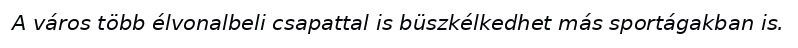
A város több élvonalbeli csapattal is büszkélkedhet más sportágakban is.